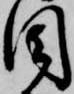
目